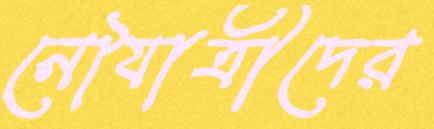
নৌযাত্রীদের